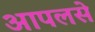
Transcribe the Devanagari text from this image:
आपलसे